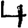
Digit: 4